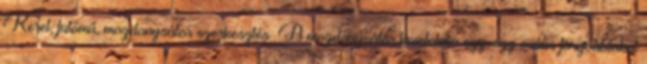
Keret, futómű, mozdonysátor szerkesztés A mozdonysátor homlokán egy-egy ovális forgóablakot